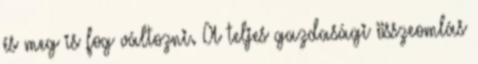
és meg is fog változni. A teljes gazdasági összeomlás